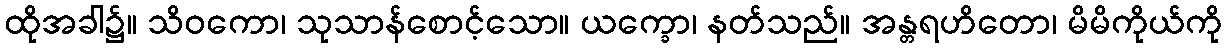
ထိုအခါ၌။ သိဝကော၊ သုသာန်စောင့်သော။ ယက္ခော၊ နတ်သည်။ အန္တရဟိတော၊ မိမိကိုယ်ကို